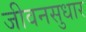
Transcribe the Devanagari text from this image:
जीवनसुधार